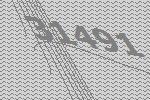
31491